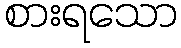
စားရသော